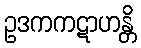
ဥဒကကဋာဟန္တိ